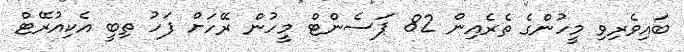
ބައިވެރިވި މީހުންގެ ތެރެއިން 82 ޕަސެންޓް މީހުން ރޭހަށް ފަހު ތިބީ އެކިއުރޭޓް